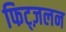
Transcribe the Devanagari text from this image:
फिट्ज़लन